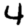
Digit: 4